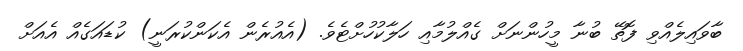
ބާވައިލެއްވި ފޮތޭ ބުނާ މީހުންނަށް ގެއްލުމާއި ހަލާކުހުށްޓެވެ. (އެއުރެން އެކަންކުރަނީ) ކުޑައަގެއް އެއަށް